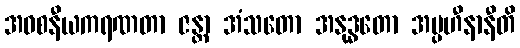
အဝစနီယကရဏတာ ဇန္တာ အံသတော အနုဒ္ဓတော အပ္ပဟီနာနီတိ